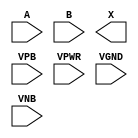
module sky130_fd_sc_lp__or2 (
    //# {{data|Data Signals}}
    input  A   ,
    input  B   ,
    output X   ,

    //# {{power|Power}}
    input  VPB ,
    input  VPWR,
    input  VGND,
    input  VNB
);
endmodule